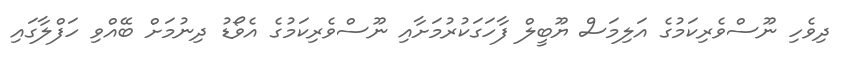
ދިވެހި ނޫސްވެރިކަމުގެ އަލިމަސް ޔޫބީލް ފާހަގަކުރުމަށާއި ނޫސްވެރިކަމުގެ އެވޯޑު ދިނުމަށް ބޭއްވި ހަފްލާގައި